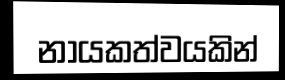
නායකත්වයකින්